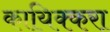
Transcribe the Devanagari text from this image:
कायिक्करा